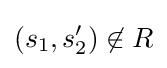
(s_{1},s_{2}')\not \in R